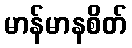
မာန်မာနစိတ်